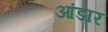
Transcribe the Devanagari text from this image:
आंडार